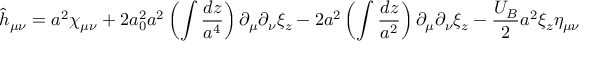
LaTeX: \hat { h } _ { \mu \nu } = a ^ { 2 } \chi _ { \mu \nu } + 2 a _ { 0 } ^ { 2 } a ^ { 2 } \left( \int \frac { d z } { a ^ { 4 } } \right) \partial _ { \mu } \partial _ { \nu } \xi _ { z } - 2 a ^ { 2 } \left( \int \frac { d z } { a ^ { 2 } } \right) \partial _ { \mu } \partial _ { \nu } \xi _ { z } - \frac { U _ { B } } { 2 } a ^ { 2 } \xi _ { z } \eta _ { \mu \nu }